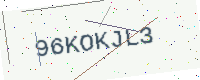
Text: 96KOKJL3